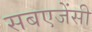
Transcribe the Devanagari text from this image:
सबएजेंसी